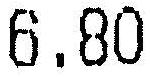
6.80